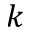
k